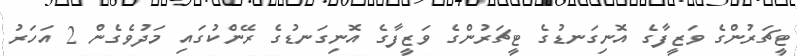
ޓީޗަރުންގެ ވަޒީފާގެ އޮނިގަނޑުގެ ޓީޗަރުންގެ ވަޒީފާގެ އޮނިގަނޑުގެ ރޭންކުގައި މަދުވެގެން 2 އަހަރު